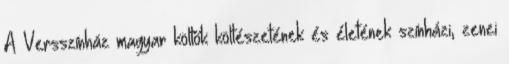
A Versszínház magyar költők költészetének és életének színházi, zenei